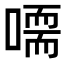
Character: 𠽴